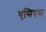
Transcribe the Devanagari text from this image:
एसिएस